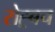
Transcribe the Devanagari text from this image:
रोह्र्बच